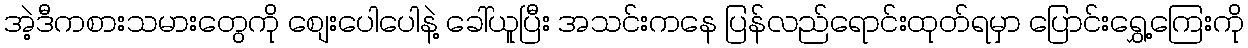
အဲ့ဒီကစားသမားတွေကို စျေးပေါပေါနဲ့ ခေါ်ယူပြီး အသင်းကနေ ပြန်လည်ရောင်းထုတ်ရမှာ ပြောင်းရွှေ့ကြေးကို